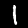
Digit: 1